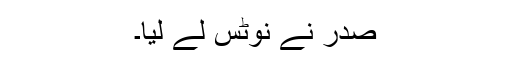
صدر نے نوٹس لے لیا۔